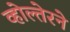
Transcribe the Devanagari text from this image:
व्होल्तेरने